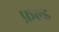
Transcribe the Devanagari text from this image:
फ़ल्ड